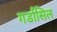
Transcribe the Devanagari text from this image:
गर्डासिल